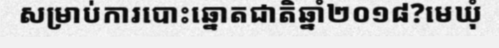
សម្រាប់ការបោះឆ្នោតជាតិឆ្នាំ២០១៨?មេឃុំ